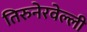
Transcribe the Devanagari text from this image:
तिरुनेरवेल्ली